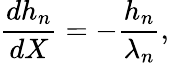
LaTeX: \frac{dh_{n}}{dX}=-\frac{h_{n}}{\lambda_{n}},